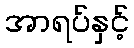
အာရပ်နှင့်